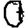
Digit: 0